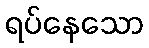
ရပ်နေသော